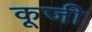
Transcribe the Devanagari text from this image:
कूजी